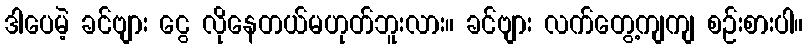
ဒါပေမဲ့ ခင်ဗျား ငွေ လိုနေတယ်မဟုတ်ဘူးလား။ ခင်ဗျား လက်တွေ့ကျကျ စဉ်းစားပါ။